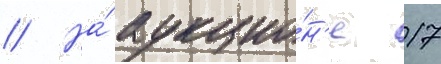
// На́ аукцио́н'е 17